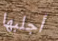
أجلبها